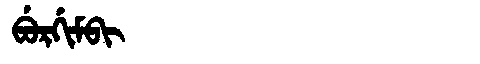
Manchu: ᠪᡠᡵᡤᡳᠮᠪᡳ
Romanization: BURGIMBI